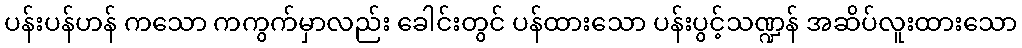
ပန်းပန်ဟန် ကသော ကကွက်မှာလည်း ခေါင်းတွင် ပန်ထားသော ပန်းပွင့်သဏ္ဍန် အဆိပ်လူးထားသော